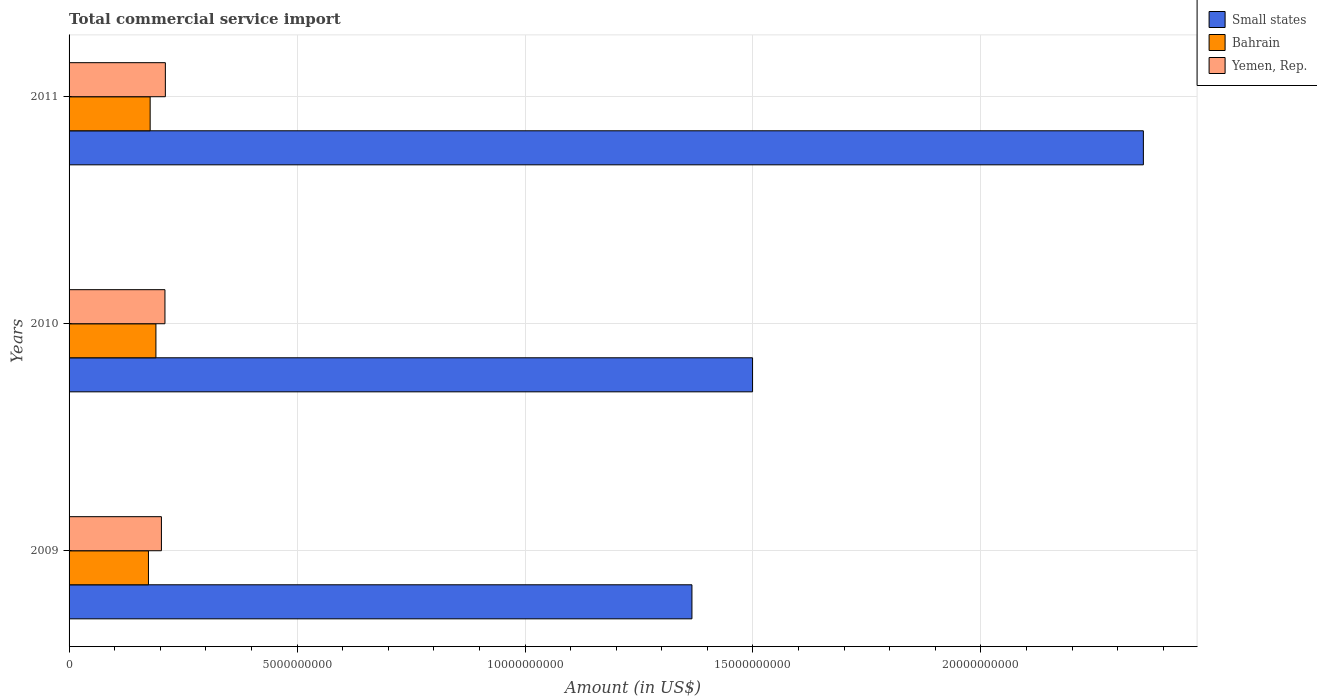
| Years | Small states | Bahrain | Yemen, Rep. |
 | --- | --- | --- | --- |
 | 2009 | 1.37e+10 | 1.74e+09 | 2.03e+09 |
 | 2010 | 1.5e+10 | 1.91e+09 | 2.1e+09 |
 | 2011 | 2.36e+10 | 1.78e+09 | 2.11e+09 |